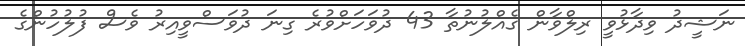
ނަޝީދު ވިދާޅުވީ ރިލްވާން ގެއްލުނުތާ 43 ދުވަހަށްވުރެ ގިނަ ދުވަސްވީއިރު ވެސް ފުލުހުންގެ